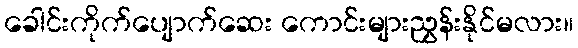
ခေါင်းကိုက်ပျောက်ဆေး ကောင်းများညွှန်းနိုင်မလား။